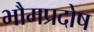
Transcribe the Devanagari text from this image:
भौमप्रदोष